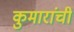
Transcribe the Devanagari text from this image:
कुमारांची